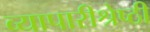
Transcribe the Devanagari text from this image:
व्यापारीश्रेष्ठी